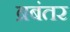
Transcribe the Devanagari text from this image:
ब्रबंतर